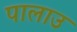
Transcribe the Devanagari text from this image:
पालाउ